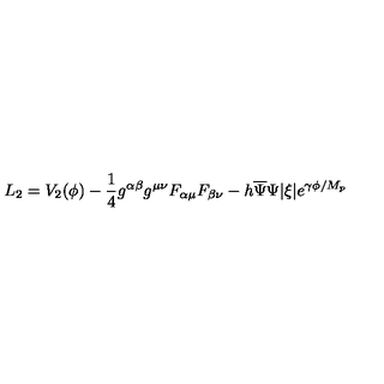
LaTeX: L _ { 2 } = V _ { 2 } ( \phi ) - \frac { 1 } { 4 } g ^ { \alpha \beta } g ^ { \mu \nu } F _ { \alpha \mu } F _ { \beta \nu } - h \overline { { \Psi } } \Psi | \xi | e ^ { \gamma \phi / M _ { p } }